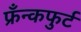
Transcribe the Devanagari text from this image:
फ्रँन्कफुर्ट